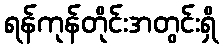
ရန်ကုန်တိုင်းအတွင်းရှိ